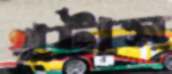
খটাস